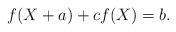
LaTeX: \begin{align*} f(X+a)+cf(X)= b.\end{align*}